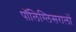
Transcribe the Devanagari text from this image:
पॉलिग्लिसरालों